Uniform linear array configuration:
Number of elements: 16
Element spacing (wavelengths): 1
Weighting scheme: cosine
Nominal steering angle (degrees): -45
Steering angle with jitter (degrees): -44.707
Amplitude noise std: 0.05
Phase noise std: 0.05

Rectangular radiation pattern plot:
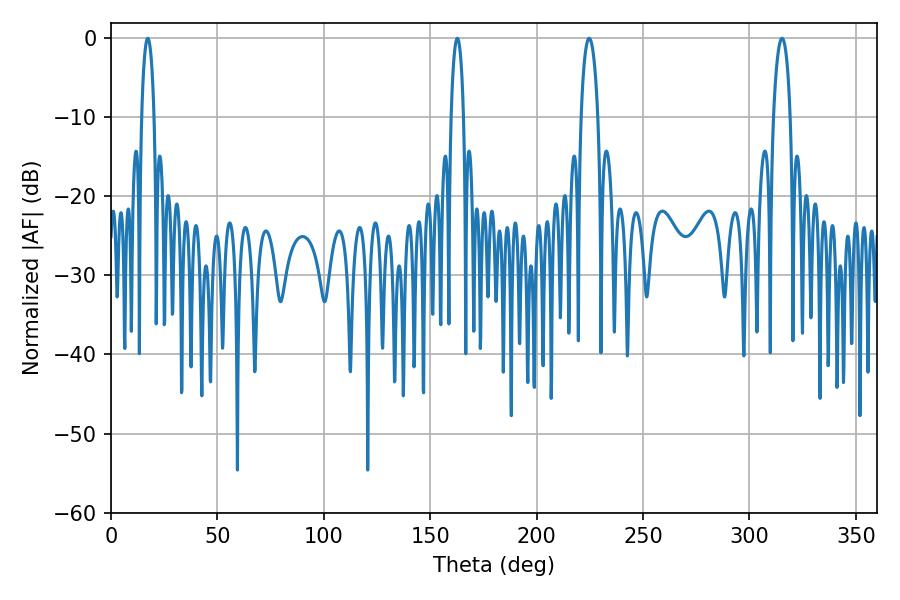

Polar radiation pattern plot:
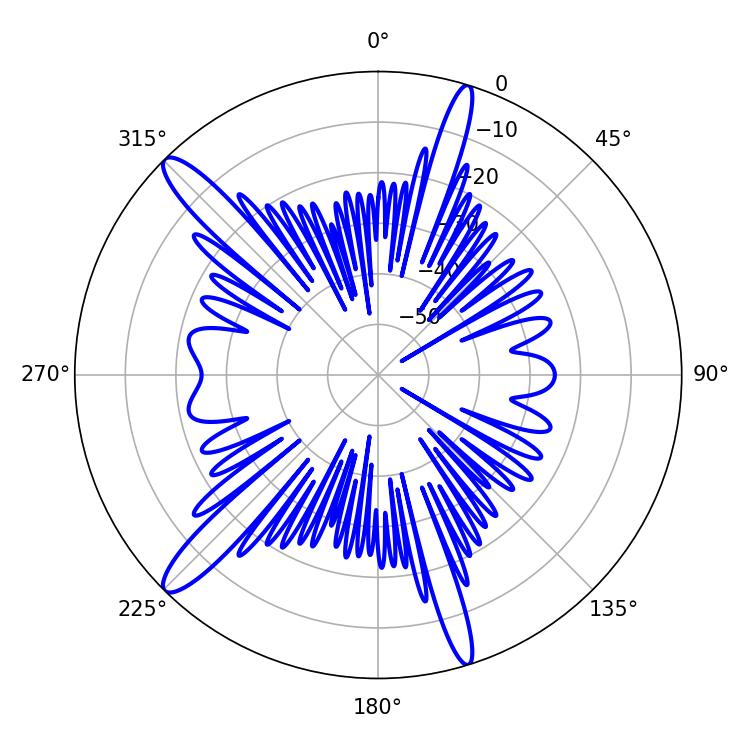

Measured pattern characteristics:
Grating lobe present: TRUE
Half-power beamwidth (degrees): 3.24
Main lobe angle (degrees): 17.28